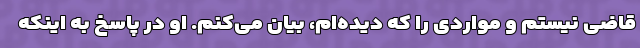
قاضی نیستم و مواردی را که دیده‌ام، بیان می‌کنم. او در پاسخ به اینکه